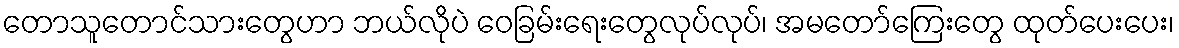
တောသူတောင်သားတွေဟာ ဘယ်လိုပဲ ဝေခြမ်းရေးတွေလုပ်လုပ်၊ အမတော်ကြေးတွေ ထုတ်ပေးပေး၊